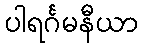
ပါရင်္ဂမနီယာ